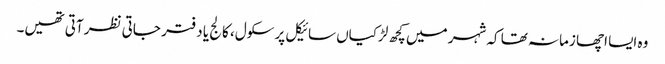
وہ ایسا اچھا زمانہ تھا کہ شہر میں کچھ لڑکیاں سائیکل پر سکول، کالج یا دفتر جاتی نظر آتی تھیں۔